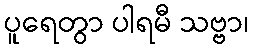
ပူရေတွာ ပါရမီ သဗ္ဗာ၊